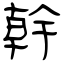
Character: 幹